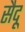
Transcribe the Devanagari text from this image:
सैदू